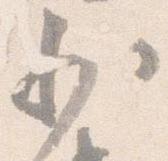
少